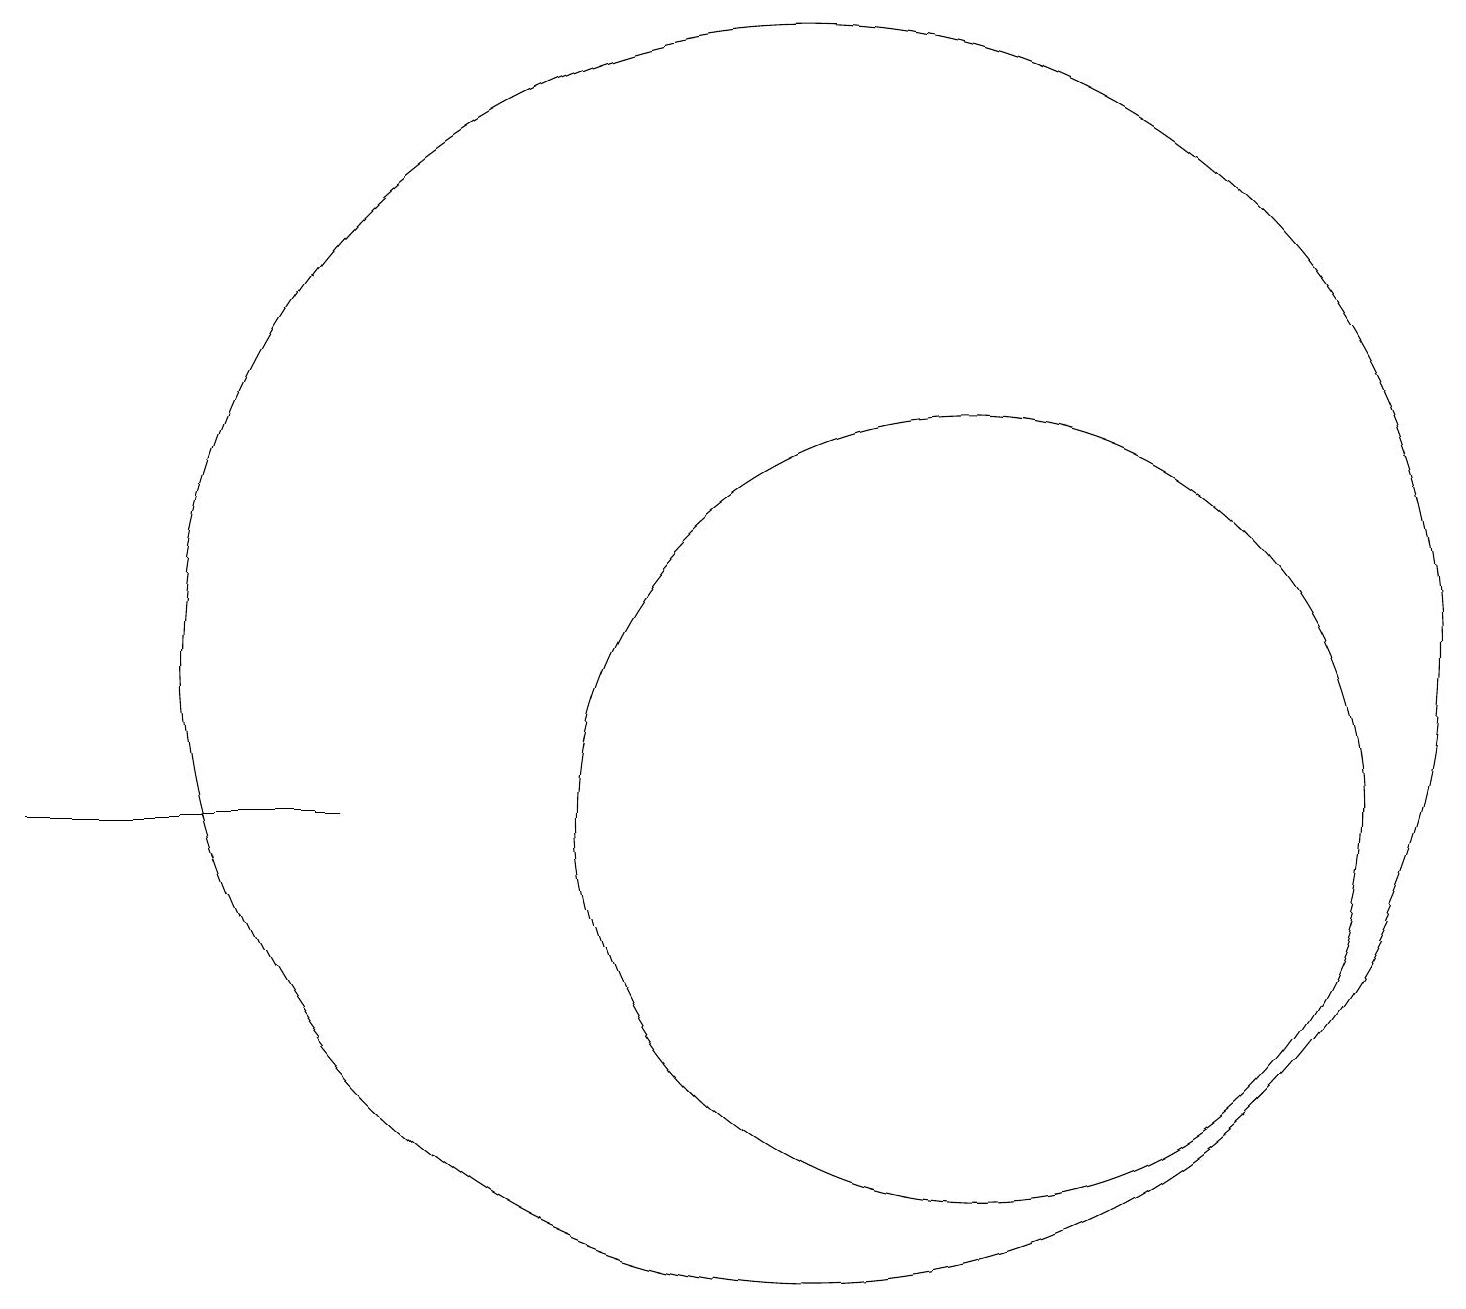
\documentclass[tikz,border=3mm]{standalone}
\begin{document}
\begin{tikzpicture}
\draw (11,11) circle (0);
\draw (4,10) rectangle (0,10);
\draw (10,12) circle (8);
\draw (12,10) circle (5);
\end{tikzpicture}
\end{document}